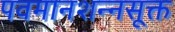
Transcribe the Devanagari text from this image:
पवमानशन्नसूक्त